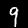
Label: 9